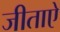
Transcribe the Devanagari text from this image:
जीताऐ